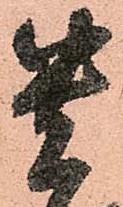
貴